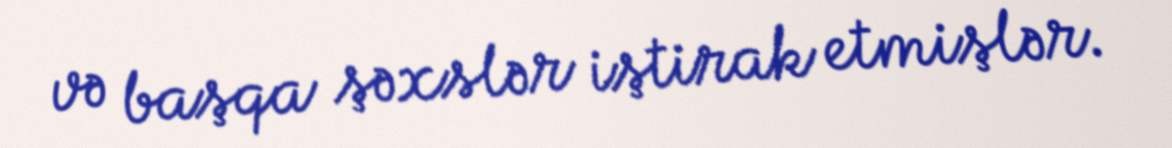
və başqa şəxslər iştirak etmişlər.